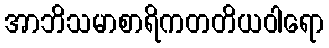
အာဘိသမာစာရိကတတိယဝါရော